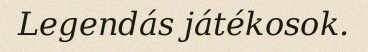
Legendás játékosok.